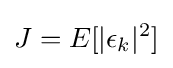
J=E[|\epsilon _{k}|^{2}]